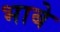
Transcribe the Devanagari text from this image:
भाबे